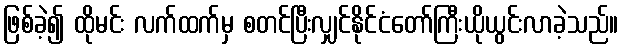
ဖြစ်ခဲ့၍ ထိုမင်း လက်ထက်မှ စတင်ပြီးလျှင်နိုင်ငံတော်ကြီးယိုယွင်းလာခဲ့သည်။